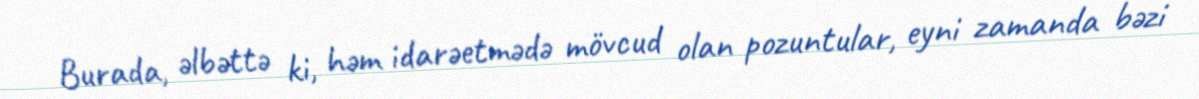
Burada, əlbəttə ki, həm idarəetmədə mövcud olan pozuntular, eyni zamanda bəzi